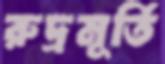
রুদ্রমূর্তি